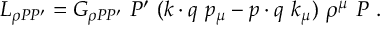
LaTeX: { \cal L } _ { \rho P P ^ { \prime } } = G _ { \rho P P ^ { \prime } } \ P ^ { \prime } \ ( k \cdot q \ p _ { \mu } - p \cdot q \ k _ { \mu } ) \ \rho ^ { \mu } \ P \ .